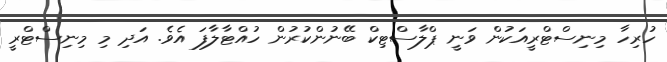
ހުރިހާ މިނިސްޓްރީއަކުން ވަނީ ޕްލާސްޓިކް ބޭނުންކުރުން ހުއްޓާލާފަ އެވެ. އަދި މި މިނިސްޓްރީ